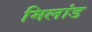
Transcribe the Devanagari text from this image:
मिलांड